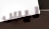
ليس